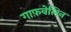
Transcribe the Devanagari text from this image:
गाफ़वेलिन